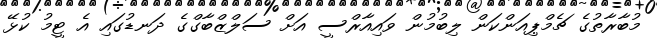
މުބާރާތުގެ ޗެމްޕިއަންކަން ލިބުމުން ވައިއާރްސީ އަށް ސަލްޒްބާގްގެ ދަނޑުގައި އެ ޓީމު ކުޅޭ